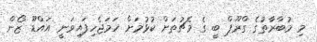
މި މުބާރާތުގެ ގްރޫޕް ބީ ގެ މެޗުތަށް ކުޅުމަށް ހަމަޖެހިފައިވަނީ އައްޑޫ ޒޯން